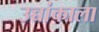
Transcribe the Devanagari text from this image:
उच्चांकाला